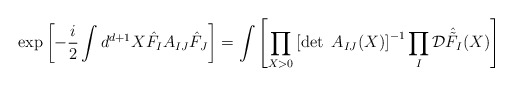
\begin{align*}\exp \left[ - \frac{i}{2} \int d^{d+1} X \hat{F}_I A_{IJ} \hat{F}_J \right] = \int \left[ \prod_{X >0 } \left[ \det ~ A_{IJ} (X) \right]^{-1} \prod_I {\cal D} \hat{\tilde{F}}_I (X) \right] \end{align*}